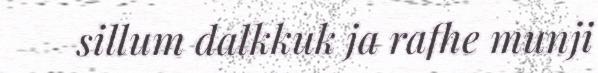
sillum dalkkuk ja rafhe munji